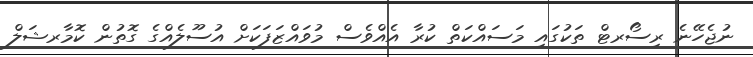
ނުޖެހޭނެ ރިސޯރޓް ތަކުގައި މަސައްކަތް ކުރާ އެއްވެސް މުވައްޒަަފަކަށް އުސޫލެއްގެ ގޮތުން ކޮމާރޝަލް